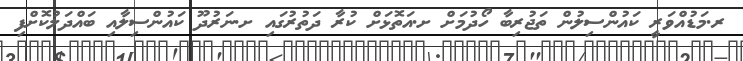
ރ.މަޑުއްވަރީ ކައުންސިލުން ތަޖުރިބާ ހޯދުމަށް ށ.އަތޮޅަށް ކުރާ ދަތުރުގައި ށ.ނަރުދޫ ކައުންސިލާއި ބައްދަލުކޮށްފި